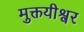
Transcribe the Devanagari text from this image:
मुक्तयीश्वर